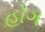
હોગ